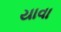
યાવા